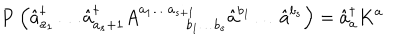
LaTeX: { \bf P } \left( \hat { a } _ { a _ { 1 } } ^ { \dagger } \ldots \hat { a } _ { a _ { s } + 1 } ^ { \dagger } A _ { \; \; \quad \quad b _ { 1 } \ldots b _ { s } } ^ { a _ { 1 } \ldots a _ { s + 1 } } \hat { a } ^ { b _ { 1 } } \ldots \hat { a } ^ { b _ { s } } \right) = \hat { a } _ { a } ^ { \dagger } K ^ { a }